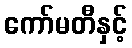
ကော်မတီနှင့်